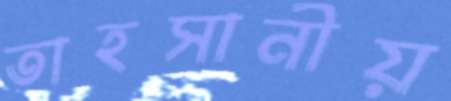
তাহসানীয়